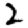
Digit: 2